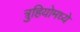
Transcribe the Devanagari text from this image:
त्रुहियोमध्ये